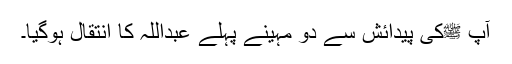
آپ ﷺکی پیدائش سے دو مہینے پہلے عبداللہ کا انتقال ہوگیا۔